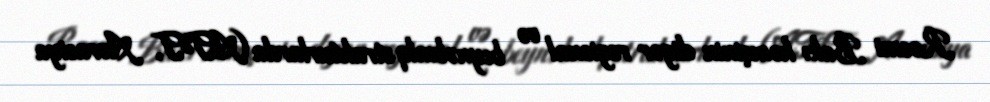
Rəsmi Bakı həmçinin digər regional və beynəlxalq strukturlarda (ATƏT, Avrasiya